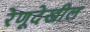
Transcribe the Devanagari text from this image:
रेणूदेखील